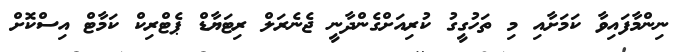
ނިންމާފައިވާ ކަމަށާއި މި ތަހުގީގު ކުރިއަށްގެންދާނީ ޖެނެރަލް ރިޓަޔާޑް ޕެޓްރިކް ކަމާޓް އިސްކޮށް